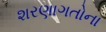
શરણાગતોના